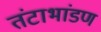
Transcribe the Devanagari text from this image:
तंटाभांडण